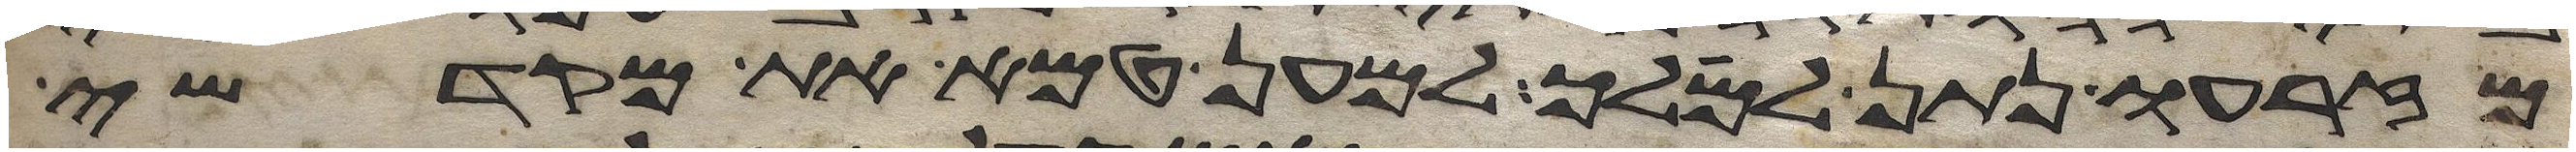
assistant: מזרעו נתן למלך למען טמא את מקדשי